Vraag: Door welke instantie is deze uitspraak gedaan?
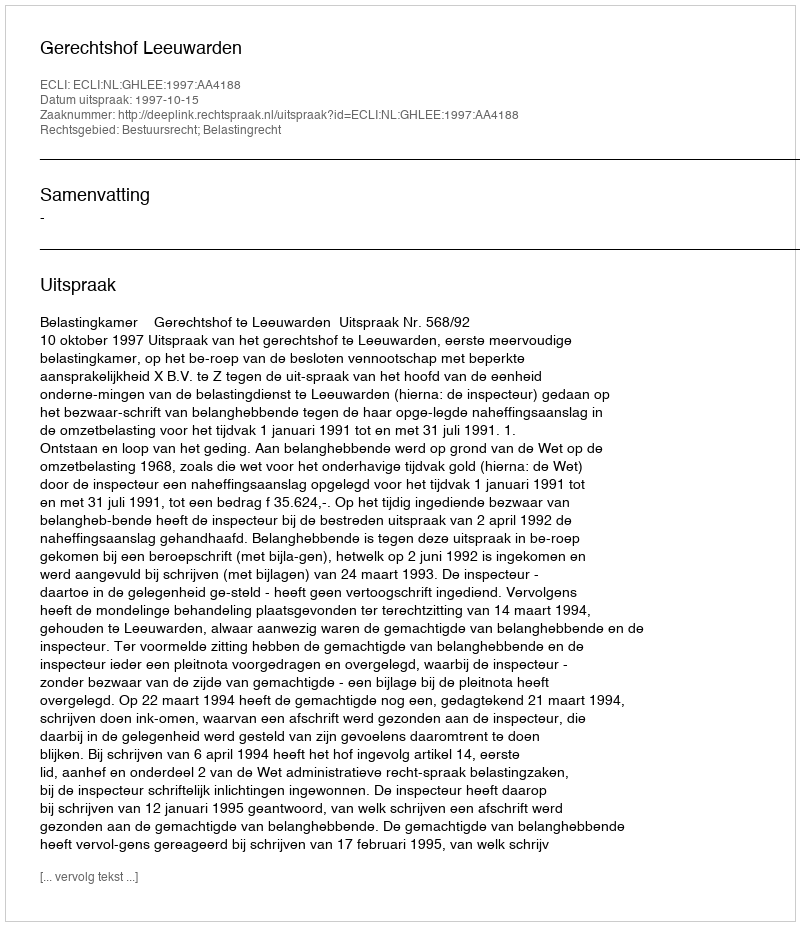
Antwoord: Gerechtshof Leeuwarden